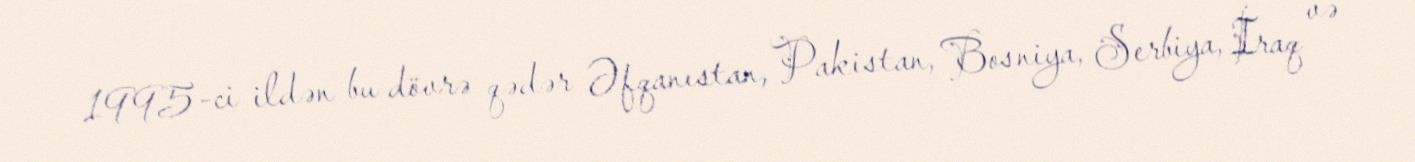
1995-ci ildən bu dövrə qədər Əfqanıstan, Pakistan, Bosniya, Serbiya, İraq və